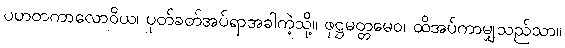
ပဟတကာလောဝိယ၊ ပုတ်ခတ်အပ်ရာအခါကဲ့သို့။ ဖုဋ္ဌမတ္တမေဝ၊ ထိအပ်ကာမျှသည်သာ။